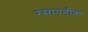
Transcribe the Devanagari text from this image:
रसायनीक